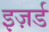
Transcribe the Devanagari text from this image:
इज़र्ड